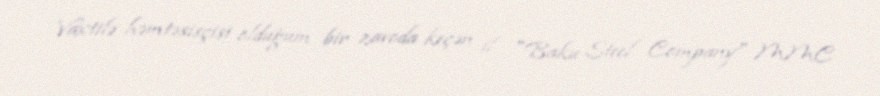
Vaxtilə həmtəsisçisi olduğum bir zavoda keçən il "Baku Steel Company" MMC